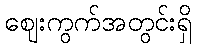
ဈေးကွက်အတွင်းရှိ